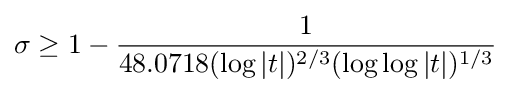
\sigma \geq 1-{\frac {1}{48.0718(\log |t|)^{2/3}(\log \log |t|)^{1/3}}}